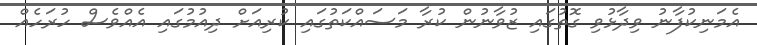
އެމަނިކުފާނު ވިދާޅުވި ގޮތުގައި ޒުވާނުން ކުރާ މަސައްކަތުގައި ކުރިއަށް ދިއުމުގައި އެއްވެސް ހުރަހެއް